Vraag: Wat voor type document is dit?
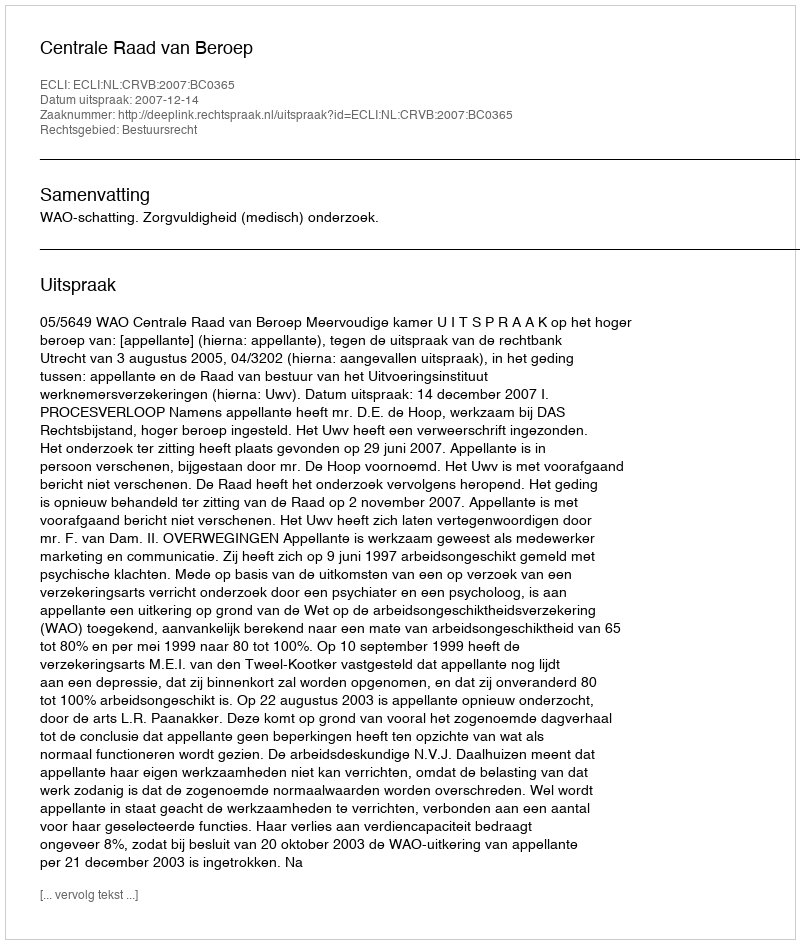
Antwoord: Uitspraak